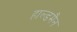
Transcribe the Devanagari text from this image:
हाल्डमैन